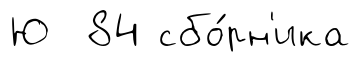
Ю 84 сбо́рн'ика